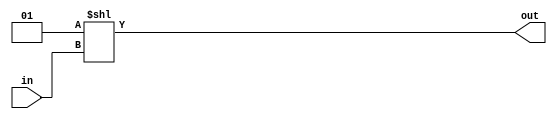
//////////////////////////////////////////////////////////////////////////////////
// Design Name: 3x8 Decoder using shifter
//////////////////////////////////////////////////////////////////////////////////
`timescale 1ns / 1ps

module decoder_3_8(in, out);

    parameter N = 3;

    input  wire [N-1:0] in;
    output reg  [2**N-1:0] out;

    always @(*)
        begin
            out = 1 << in;
        end

endmodule